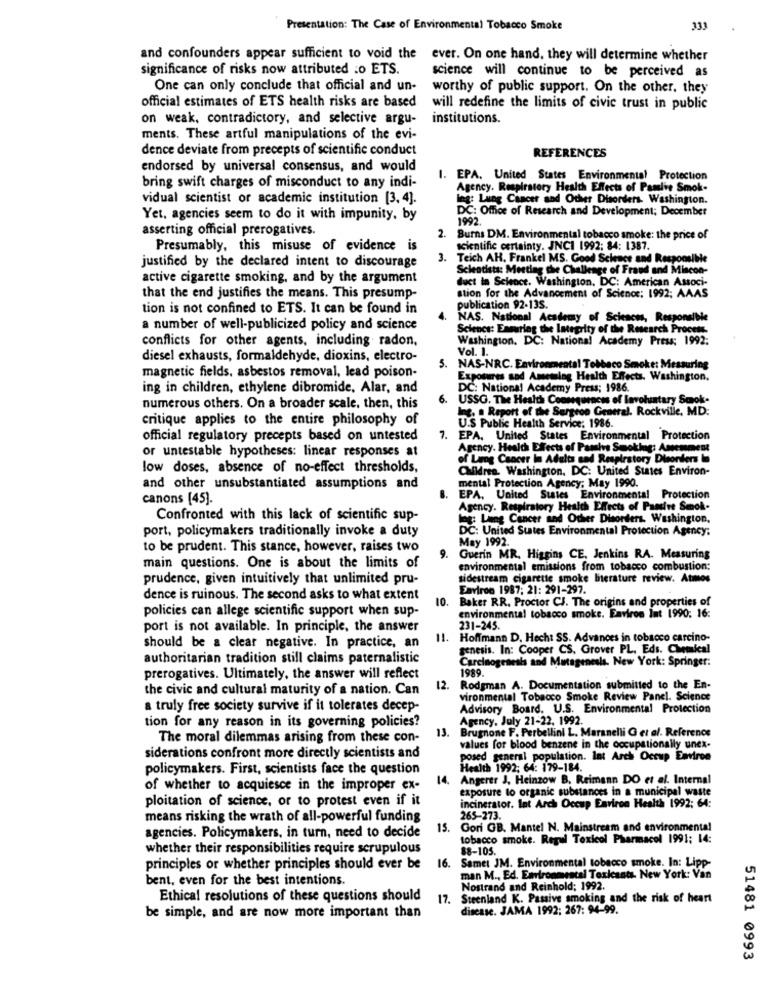
Presentation: The Case of Environmental Tobacco Smoke
333
and confounders appear sufficient to void the ever. On one hand, they will determine whether
significance of risks now attributed .o ETS.
science will continue to be perceived as
One can only conclude that official and un-
worthy of public support. On the other, they
official estimates of ETS health risks are based
will redefine the limits of civic trust in public
on weak, contradictory, and selective argu-
institutions.
ments. These artful manipulations of the evi-
dence deviate from precepts of scientific conduct
REFERENCES
endorsed by universal consensus, and would
bring swift charges of misconduct to any indi-
1. EPA. United States Environmental Protection
Agency. Respiratory Health Effects of Pamive Smok-
vidual scientist or academic institution [3, 4].
ing: Lung Cancer and Other Disorders. Washington.
DC: Office of Research and Development; December
Yet, agencies seem to do it with impunity, by
1992
asserting official prerogatives.
2.
Burns DM. Environmental tobacco smoke: the price of
Presumably, this misuse of evidence is
scientific certainty. JNC1 1992; 84: 1387.
3.
Teich AH. Frankel MS. Good Science and Responsible
justified by the declared intent to discourage
Scientists: Meeting the Challenge of Fraud and Miscon-
active cigarette smoking, and by the argument
duct in Science. Washington, DC: American Associ-
that the end justifies the means. This presump-
stion for the Advancement of Science: 1992; AAAS
tion is not confined to ETS. It can be found in
publication 92-13S.
NAS. National Academy of Sciences, Responsible
a number of well-publicized policy and science
Science: Enmiring the Integrity of the Research Process.
conflicts for other agents, including radon.
Washington, DC: National Academy Press: 1992:
Vol. 1.
diesel exhausts, formaldehyde, dioxins, electro-
. NAS-NRC. Environmental Tobbaco Smoke: Measuring
magnetic fields, asbestos removal, lead poison-
Exposures and Amessing Health Effects. Washington.
ing in children, ethylene dibromide, Alar, and
DC: National Academy Press; 1986.
6.
USSG. The Health Consequences of lavoluntary Smok-
numerous others. On a broader scale, then, this
Ing. a Report of the Surgeon General. Rockville, MD:
critique applies to the entire philosophy of
U.S Public Health Service: 1986.
official regulatory precepts based on untested
7.
EPA, United States Environmental Protection
or untestable hypotheses: linear responses at
Agency. Health Effects of Paris Smoking: Amemmest
of Lung Cancer In Adults and Respiratory Disorders In
low doses, absence of no-effect thresholds.
Children. Washington, DC: United States Environ-
mental Protection Agency; May 1990.
and other unsubstantiated assumptions and
canons [45).
B.
EPA, United States Environmental Protection
Agency. Respiratory Health Effects of Pamire Smok.
Confronted with this lack of scientific sup-
log: Ling Cancer and Other Disorders. Washington.
port, policymakers traditionally invoke a duty
DC: United States Environmental Protection Agency:
May 1992.
to be prudent. This stance, however, raises two
9.
Guerin MR. Higgins CE, Jenkins RA. Measuring
main questions. One is about the limits of
environmental emissions from tobacco combustion:
prudence, given intuitively that unlimited pru-
sidestream cigarette smoke literature review. Atmos
Eaviron 1987; 21: 291-297.
dence is ruinous. The second asks to what extent
Baker RR. Proctor CJ. The origins and properties of
policies can allege scientific support when sup-
environmental tobacco smoke. Eaviron Int 1990: 16:
port is not available. In principle, the answer
231-245.
11. Hoffmann D. Hech: SS. Advances in tobacco carcino-
should be a clear negative. In practice, an
genesis. In: Cooper CS. Grover PL, Eds. Chemical
authoritarian tradition still claims paternalistic
Carcinogenesis and Mutagenesis. New York: Springer:
1989.
prerogatives. Ultimately, the answer will reflect
the civic and cultural maturity of a nation. Can
12. Rodgman A. Documentation submitted to the En-
vironmental Tobacco Smoke Review Panel. Science
a truly free society survive if it tolerates decep-
Advisory Board. U.S. Environmental Protection
Agency, July 21-22, 1992.
tion for any reason in its governing policies?
13.
Brugnone F. Perbellini L. Maranelli G et al. Reference
The moral dilemmas arising from these con-
values for blood benzene in the occupationally unex-
siderations confront more directly scientists and
posed general population. Int Arch Occup Environ
policymakers. First, scientists face the question
Health 1992; 64: 179-184.
14.
Angerer J, Heinzow B, Reimann DO et al. Internal
of whether to acquiesce in the improper ex-
exposure to organic substances in a municipal waste
ploitation of science, or to protest even if it
incinerator. Int Arch Occup Environ Health 1992: 64:
means risking the wrath of all-powerful funding
265-273.
15. Gori GB. Mantel N. Mainstream and environmental
agencies. Policymakers, in turn, need to decide
tobacco smoke. Regul Toxicol Pharmacol 1991; 14:
whether their responsibilities require scrupulous
88-105.
principles or whether principles should ever be
16.
Samet JM. Environmental tobacco smoke. In: Lipp-
bent, even for the best intentions.
man M ., Ed. Environenstal Toxicants. New York: Van
Nostrand and Reinhold; 1992.
Ethical resolutions of these questions should
17.
Steenland K. Passive smoking and the risk of heart
disease. JAMA 1992; 267: 94-99.
be simple, and are now more important than
51481 0993